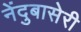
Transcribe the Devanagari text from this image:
नेंदुबासेरी